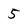
Character: 5